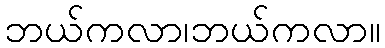
ဘယ်ကလာ၊ဘယ်ကလာ။